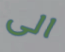
الى